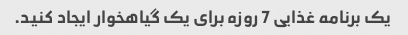
یک برنامه غذایی 7 روزه برای یک گیاهخوار ایجاد کنید.